Civil Veterinary Dept. North-West Frontier Province 1933-46 - 1933-1946
Year: 1933
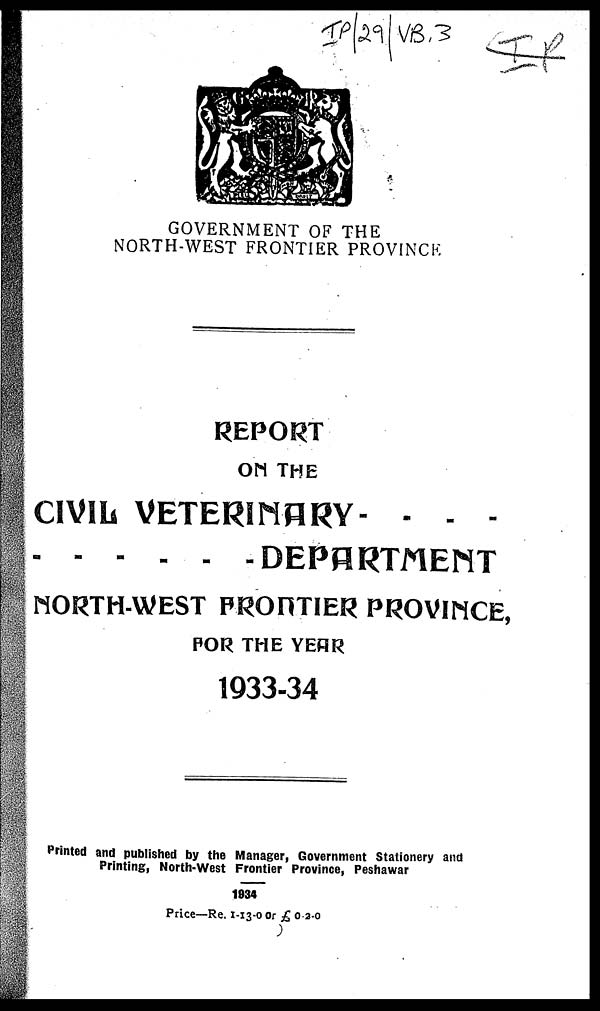
GOVERNMENT OF THE
NORTH-WEST FRONTIER PROVINCE
REPORT
ON THE
CIVIL VETERINARY- - - -
DEPARTMENT
NORTH-WEST PRONTIER PROVINCE,
FOR THE YEAR
1933-34
Printed and published by the Manager, Government Stationery and
Printing, North-West Frontier Province, Peshawar
1934
Price—Re. 1-13-0 or £ 0.2.0